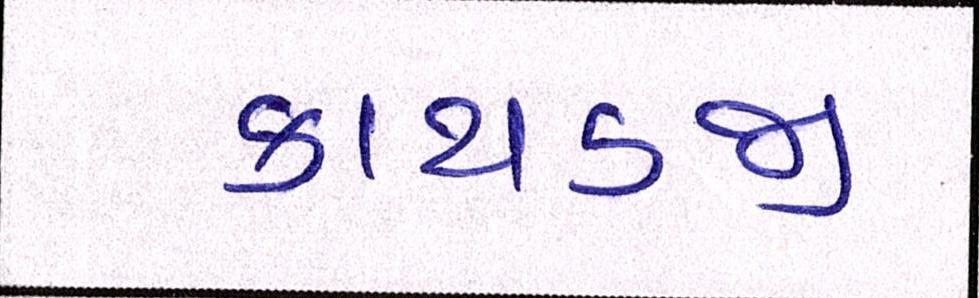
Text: કાથડજી